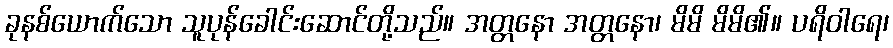
ခုနစ်ယောက်သော သူပုန်ခေါင်းဆောင်တို့သည်။ အတ္တနော အတ္တနော၊ မိမိ မိမိ၏။ ပရိဝါရေ၊